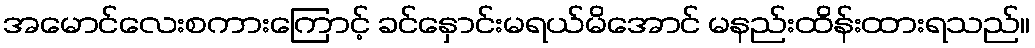
အမောင်လေးစကားကြောင့် ခင်နှောင်းမရယ်မိအောင် မနည်းထိန်းထားရသည်။